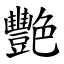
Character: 艷